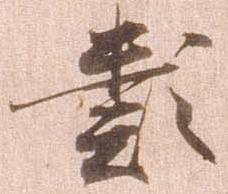
類